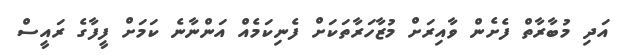
އަދި މުބާރާތް ފެށެން ވާއިރަށް މުޒާހަރާތަކަށް ފެނިކަމެއް އަންނާނެ ކަމަށް ފީފާގެ ރައީސް